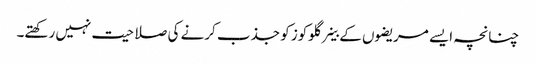
چنانچہ ایسے مریضوں کے خلیے گلوکوز کو جذب کرنے کی صلاحیت نہیں رکھتے۔